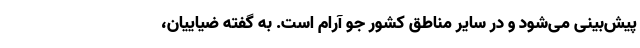
پیش‌بینی می‌شود و در سایر مناطق کشور جو آرام است. به گفته ضیاییان،